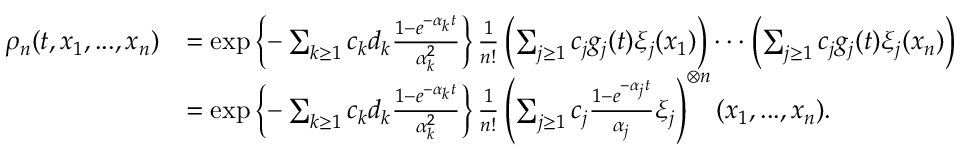
\begin{array} { r l } { \rho _ { n } ( t , x _ { 1 } , . . . , x _ { n } ) } & { = \exp \left\{ - \sum _ { k \geq 1 } c _ { k } d _ { k } \frac { 1 - e ^ { - \alpha _ { k } t } } { \alpha _ { k } ^ { 2 } } \right\} \frac { 1 } { n ! } \left( \sum _ { j \geq 1 } c _ { j } g _ { j } ( t ) \xi _ { j } ( x _ { 1 } ) \right) \cdot \cdot \cdot \left( \sum _ { j \geq 1 } c _ { j } g _ { j } ( t ) \xi _ { j } ( x _ { n } ) \right) } \\ & { = \exp \left\{ - \sum _ { k \geq 1 } c _ { k } d _ { k } \frac { 1 - e ^ { - \alpha _ { k } t } } { \alpha _ { k } ^ { 2 } } \right\} \frac { 1 } { n ! } \left( \sum _ { j \geq 1 } c _ { j } \frac { 1 - e ^ { - \alpha _ { j } t } } { \alpha _ { j } } \xi _ { j } \right) ^ { \otimes n } ( x _ { 1 } , . . . , x _ { n } ) . } \end{array}